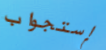
إستجواب